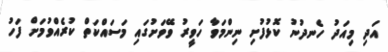
އަދި މިއަދު ހެނދުނު ކޮޅުފުށި ނިންމަވާ ހަވީރު ވޭވަށުގައި މަސައްކަތް ކުރެއްވުމަށް ފަހު